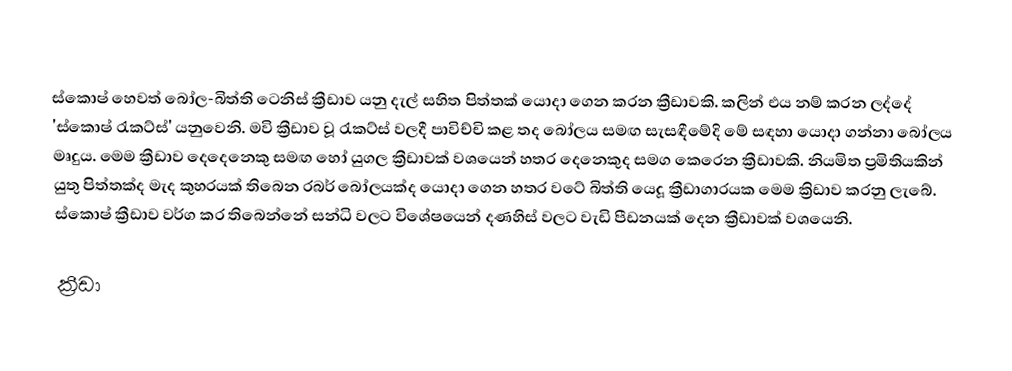
ස්කොෂ් හෙවත් බෝල-බිත්ති ටෙනිස් ක්‍රීඩාව යනු දැල් සහිත පිත්තක් යොදා ගෙන කරන ක්‍රීඩාවකි. කලින් එය නම් කරන ලද්දේ 'ස්කොෂ් රැකට්ස්' යනුවෙනි. මවි ක්‍රීඩාව වූ රැකට්ස් වලදී පාවිච්චි කළ තද බෝලය සමඟ සැසඳීමේදි මේ සඳහා යොදා ගන්නා බෝලය මෘදුය. මෙම ක්‍රීඩාව දෙදෙනෙකු සමඟ හෝ යුගල ක්‍රීඩාවක් වශයෙන් හතර දෙනෙකුද සමග කෙරෙන ක්‍රීඩාවකි. නියමිත ප්‍රමිතියකින් යුතු පිත්තක්ද මැද කුහරයක් තිබෙන රබර් බෝලයක්ද යොදා ගෙන හතර වටේ බිත්ති යෙදූ ක්‍රීඩාගාරයක මෙම ක්‍රිඩාව කරනු ලැබේ. ස්කොෂ් ක්‍රීඩාව වර්ග කර තිබෙන්නේ සන්ධි වලට විශේෂයෙන් දණහිස් වලට වැඩි පීඩනයක් දෙන ක්‍රීඩාවක් වශයෙනි.

ක්‍රීඩා